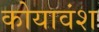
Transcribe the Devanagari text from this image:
कोयावंश